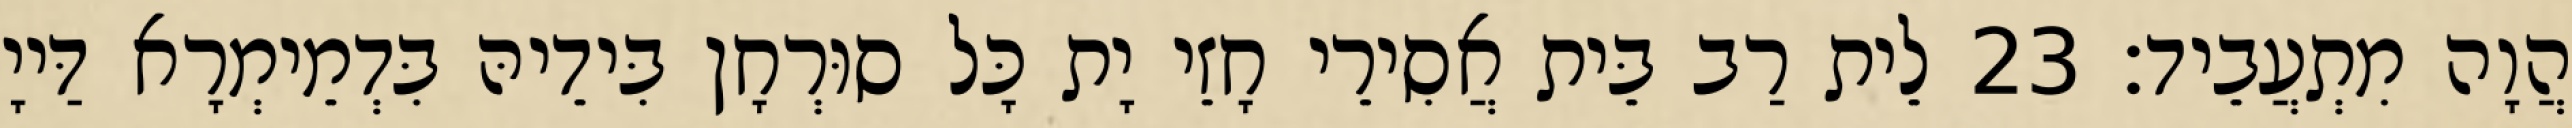
הֲוָה מִתְעֲבֵיד׃ 23 לֵית רַב בֵּית אֲסִירֵי חָזֵי יָת כָּל סוּרְחָן בִּידֵיהּ בִּדְמֵימְרָא דַּייָ